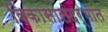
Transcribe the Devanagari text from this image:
विकासासंदर्भात